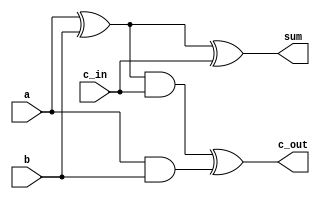
module fulladd(sum,c_out,a,b,c_in);

output sum,c_out;
input a,b,c_in;

wire s1,c1,c2;
xor x1(s1,a,b);
and a1(c1,a,b);

xor x2(sum,s1,c_in);
and a2(c2,s1,c_in);

xor x3(c_out,c2,c1);
endmodule

module fulladd4(sum,c_out,a,b,c_in);
output [3:0] sum;
output c_out;
input [3:0] a,b;
input c_in;
wire c1,c2,c3;
/*
fulladd fa0(sum[0],c1,a[0],b[0],c_in);
fulladd fa1(sum[1],c2,a[1],b[1],c1);
fulladd fa2(sum[2],c3,a[2],b[2],c2);
fulladd fa3(sum[3],c_out,a[3],b[3],c3);
*/

wire [3:0] carry;
genvar j;
generate for(j=0;j<4;j=j+1) begin:addloop

if(j==0)
fulladd fd(sum[j],carry[j],a[j],b[j],c_in);
else
fulladd fd(sum[j],carry[j],a[j],b[j],carry[j-1]);

end
endgenerate

assign c_out = carry[3];
endmodule

module tb;

reg [3:0] A,B;
reg C_IN;
wire [3:0] SUM;
wire C_OUT;

fulladd4 fad(SUM,C_OUT,A,B,C_IN);

initial
begin
$monitor(,$time,"A=%b,B=%b,C_IN=%b,C_OUT=%b,SUM=%b",A,B,C_IN,C_OUT,SUM);

end

initial
begin
A = 4'd0;B=4'd0;C_IN=1'b0;
#5 A=4'd3;B=4'd4;
#5 A=4'd2;B=4'd5;
#5 A=4'd9;B=4'd9;
#5 A=4'd10;B=4'd15;
#5 A=4'd10;B=4'd5;C_IN=1'b1;
end

endmodule